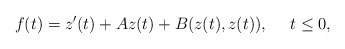
\begin{align*}f(t)=z^\prime(t)+A z(t)+B(z(t),z(t)),\ \ \ \ t\leq 0,\end{align*}